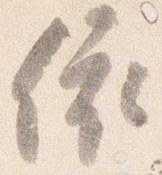
依